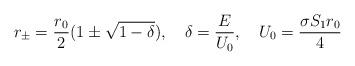
LaTeX: \begin{align*} r_\pm=\frac{r_0}{2}(1 \pm \sqrt{1-\delta}),\quad \delta=\frac{E}{U_0}, \quad U_0=\frac{\sigma S_1 r_0}{4}\end{align*}